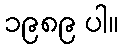
၁၉၈၉ ပါ။